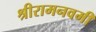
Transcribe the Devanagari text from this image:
श्रीरामनवमी